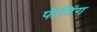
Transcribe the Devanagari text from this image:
फॅनिंग